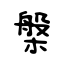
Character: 槃